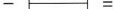
- =